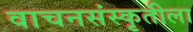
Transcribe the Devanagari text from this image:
वाचनसंस्कृतीला